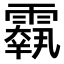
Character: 𩅱